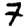
Digit: 7